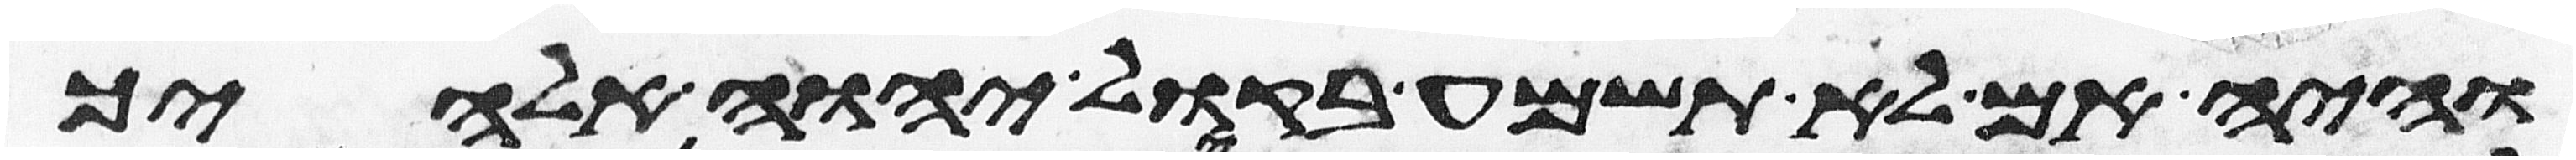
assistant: והיה אם לא תשמע בקול יהוה אלהיך